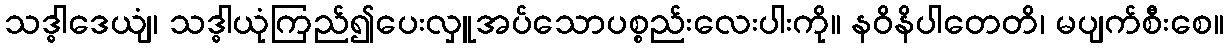
သဒ္ဓါဒေယျံ၊ သဒ္ဓါယုံကြည်၍ပေးလှူအပ်သောပစ္စည်းလေးပါးကို။ နဝိနိပါတေတိ၊ မပျက်စီးစေ။